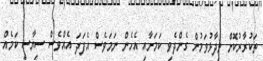
ތަކުރާރުކޮށް ވިދާޅުވަމުން ގެންދެވި ކަމަށާއި އެހެން ނަމަވެސް އެފަދަ އެއްވެސް ސިޔާސީ ކަމެއް